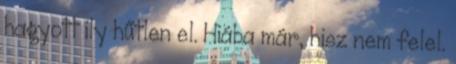
hagyott ily hűtlen el. Hiába már, hisz nem felel.